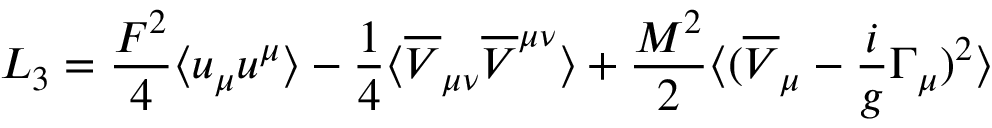
{ \cal L } _ { 3 } = \frac { F ^ { 2 } } { 4 } \langle u _ { \mu } u ^ { \mu } \rangle - \frac { 1 } { 4 } \langle \overline { { V } } _ { \mu \nu } \overline { { V } } ^ { \mu \nu } \rangle + \frac { M ^ { 2 } } { 2 } \langle ( \overline { { V } } _ { \mu } - \frac { i } { g } \Gamma _ { \mu } ) ^ { 2 } \rangle